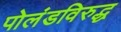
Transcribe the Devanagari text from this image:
पोलंडविरुद्ध